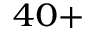
^ { 4 0 + }